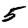
Digit: 5